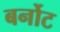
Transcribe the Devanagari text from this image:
बर्नोट